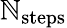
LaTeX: \mathbb{N}_{\mathrm{{steps}}}